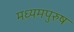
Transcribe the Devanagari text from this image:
मध्‍यमपुरुष